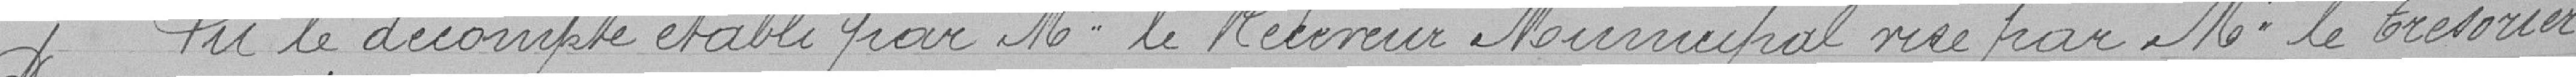
Vu le décompte établi par Mr le Receveur Municipal visé par Mr le Trésorier